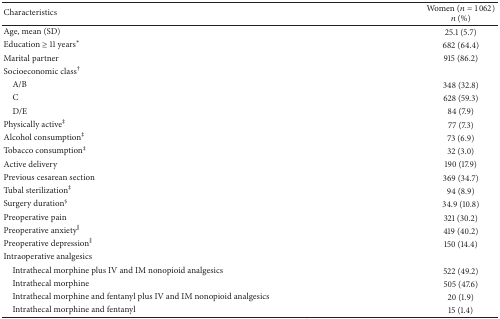
<table><thead><tr><td><b>Characteristics</b></td><td><b>Women (<i>n</i> = 1062)<i>n</i> (%)</b></td></tr></thead><tbody><tr><td>Age, mean (SD)</td><td>25.1 (5.7)</td></tr><tr><td>Education ≥ 11 years<sup><i>∗</i></sup></td><td>682 (64.4)</td></tr><tr><td>Marital partner</td><td>915 (86.2)</td></tr><tr><td>Socioeconomic class<sup>†</sup></td><td> </td></tr><tr><td> A/B</td><td>348 (32.8)</td></tr><tr><td> C</td><td>628 (59.3)</td></tr><tr><td> D/E</td><td>84 (7.9)</td></tr><tr><td>Physically active<sup>‡</sup></td><td>77 (7.3)</td></tr><tr><td>Alcohol consumption<sup>‡</sup></td><td>73 (6.9)</td></tr><tr><td>Tobacco consumption<sup>‡</sup></td><td>32 (3.0)</td></tr><tr><td>Active delivery</td><td>190 (17.9)</td></tr><tr><td>Previous cesarean section</td><td>369 (34.7)</td></tr><tr><td>Tubal sterilization<sup>‡</sup></td><td>94 (8.9)</td></tr><tr><td>Surgery duration<sup>§</sup></td><td>34.9 (10.8)</td></tr><tr><td>Preoperative pain</td><td>321 (30.2)</td></tr><tr><td>Preoperative anxiety<sup>‖</sup></td><td>419 (40.2)</td></tr><tr><td>Preoperative depression<sup>‖</sup></td><td>150 (14.4)</td></tr><tr><td>Intraoperative analgesics</td><td> </td></tr><tr><td> Intrathecal morphine plus IV and IM nonopioid analgesics</td><td>522 (49.2)</td></tr><tr><td> Intrathecal morphine</td><td>505 (47.6)</td></tr><tr><td> Intrathecal morphine and fentanyl plus IV and IM nonopioid analgesics</td><td>20 (1.9)</td></tr><tr><td> Intrathecal morphine and fentanyl</td><td>15 (1.4)</td></tr></tbody></table>